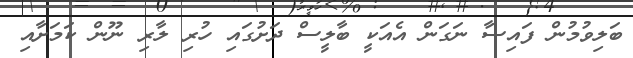
ބަލިވުމުން ފައިސާ ނަގަން އެއަކީ ބާލީސް ދަށުގައި ހުރި ލާރި ނޫން ކަމަށާއި